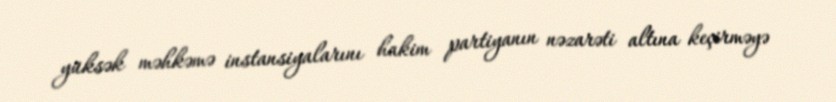
yüksək məhkəmə instansiyalarını hakim partiyanın nəzarəti altına keçirməyə